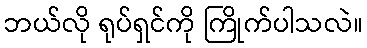
ဘယ်လို ရုပ်ရှင်ကို ကြိုက်ပါသလဲ။